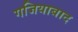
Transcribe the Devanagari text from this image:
गजियाबाद